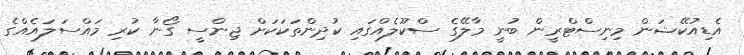
އެޑިއުކޭޝަން މިނިސްޓްރީން ބުނީ މާލޭގެ ސްކޫލެއްގައި ކުދިންތަކަކަށް ޖިންސީ ގޯނާ ކުރި މައްސަލައެއްގެ